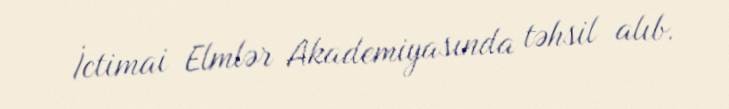
İctimai Elmlər Akademiyasında təhsil alıb.